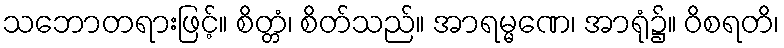
သဘောတရားဖြင့်။ စိတ္တံ၊ စိတ်သည်။ အာရမ္မဏေ၊ အာရုံ၌။ ဝိစရတိ၊